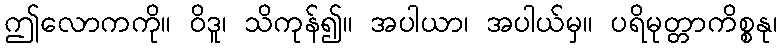
ဤလောကကို။ ဝိဒူ၊ သိကုန်၍။ အပါယာ၊ အပါယ်မှ။ ပရိမုတ္တာကိစ္စနု၊